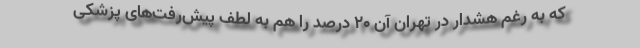
که به رغم هشدار در تهران آن 20 درصد را هم به لطف پیش‌رفت‌های پزشکی